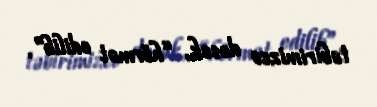
təbirimizcə desək, “hörmət edilib”.